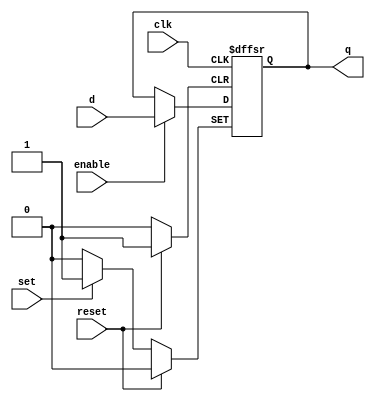
module DFFRSE (input d,  
               input clk,  
               input reset, 
				   input set,
				   input enable, 
               output reg q);  
	
    
    always @ (posedge clk or posedge reset or posedge set)  
     begin
		if(reset)
          q <= 0;
		else if(set)
			 q <= 1;
		else if (clk)
		begin
		if (enable)
          q <= d; 
	   end
	end
	  
endmodule